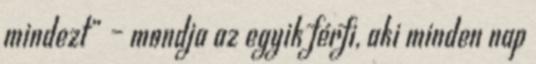
mindezt” – mondja az egyik férfi, aki minden nap